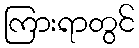
ကြားရာတွင်